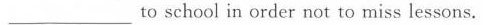
___to school in order not to miss lessons.